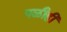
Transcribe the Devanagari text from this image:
पळीही